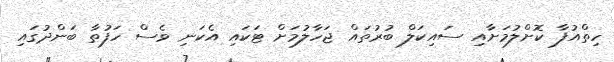
ހިތްއުފާ ކޮށްލުމަށާއި ސައިކަލް ބުރުތައް ޖަހާލުމަށް ޓަކައި އެކަނި ވެސް ހަފުތާ ބަންދުގައި